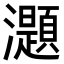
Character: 𤄭